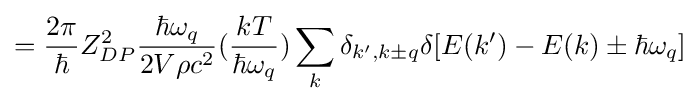
={\frac {2\pi }{\hbar }}Z_{DP}^{2}{\frac {\hbar \omega _{q}}{2V\rho c^{2}}}({\frac {kT}{\hbar \omega _{q}}})\sum _{k}\delta _{k',k\pm q}\delta [E(k')-E(k)\pm \hbar \omega _{q}]